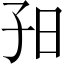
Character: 𡥌